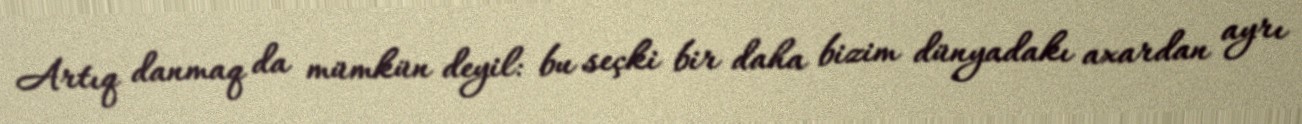
Artıq danmaq da mümkün deyil: bu seçki bir daha bizim dünyadakı axardan ayrı